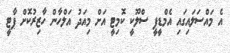
އެ މައްސަލައިގައި އެމްޑީޕީ ސްލޫކީ ކޮމިޓީ އަށް މިއަދު އަލްހާން ހާޒިރުކޮށް ޕާޓީ